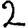
Digit: 2